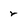
Character: 2